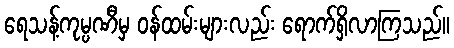
ရေသန့်ကုမ္ပဏီမှ ဝန်ထမ်းများလည်း ရောက်ရှိလာကြသည်။